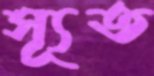
স্যূত